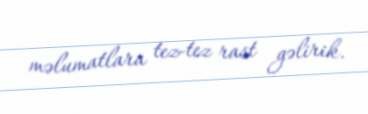
məlumatlara tez-tez rast gəlirik.